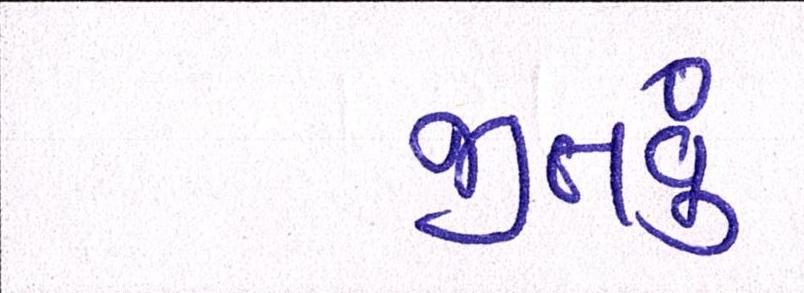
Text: જીતવું